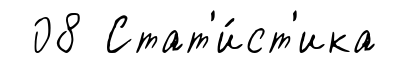
08 Стат'и́ст'ика